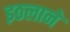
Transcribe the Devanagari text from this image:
इठलाने